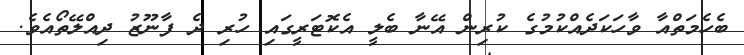
ބެހެމަތްއާ ވާހަކަދެއްކުމުގެ ކުރިން އޭނާ ބެލީ އެކޮޓަރީގައި ހުރި ދެ ފާނޫޒު ދިއްލޭތޯއެވެ.